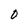
Character: 0